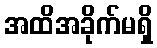
အထိအခိုက်မရှိ